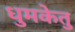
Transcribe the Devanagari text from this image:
धुमकेतु